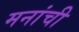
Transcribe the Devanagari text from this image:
मनांची